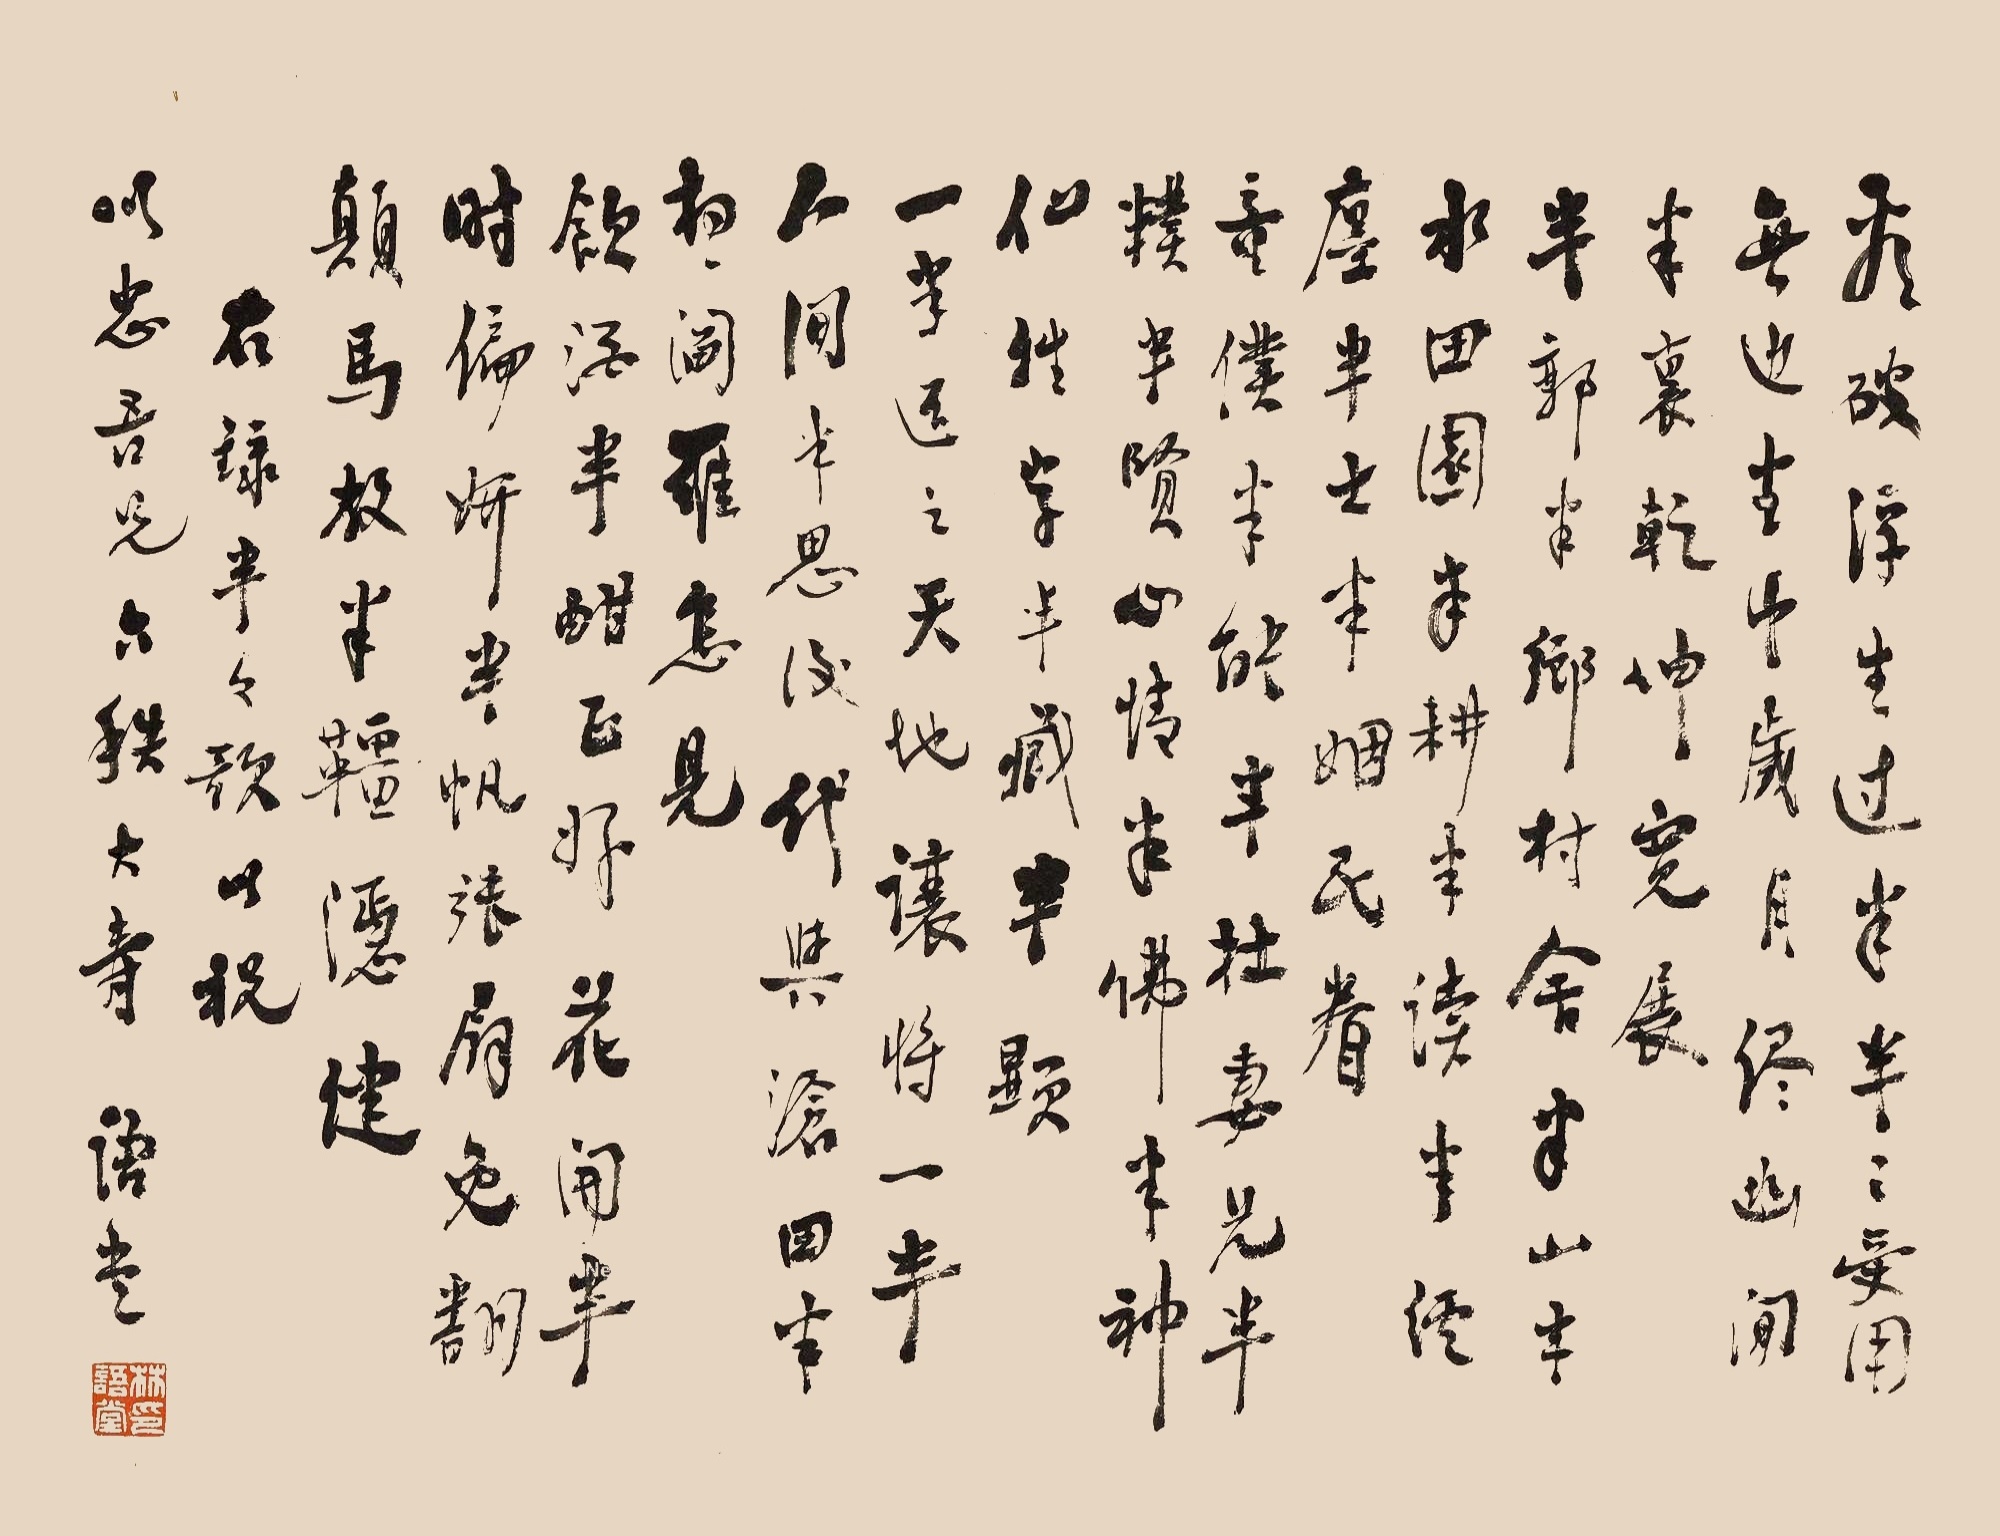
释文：看破浮生过半，半之受用无边。半中岁月尽幽闲，半里乾坤宽展。半郭半乡村舍，半山半水田园。半耕半读半经廛，半士半民姻眷。半雅半粗器具，半华半实庭轩。衾裳半素半轻鲜，肴馔半丰半俭。童仆半能半拙，妻儿半朴半贤。心情半佛半神仙，姓字半藏半显。一半还之天地，让将一半人间，半思后代与沧田，半想阎罗怎见。酒饮半酣正好，花开半时偏妍。帆张半扇免翻颠，马放半缰稳健。右录半半歌以祝川忠吾兄六秩大寿，语堂。